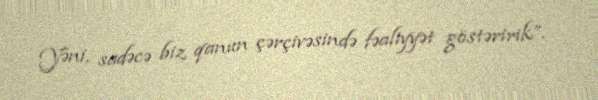
Yəni, sadəcə biz qanun çərçivəsində fəaliyyət göstəririk”.